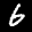
Label: 6